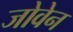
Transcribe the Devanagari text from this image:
जोवेन